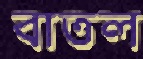
বাতল